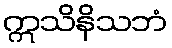
ဣသိနိသဘံ